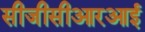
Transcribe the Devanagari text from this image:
सीजीसीआरआई